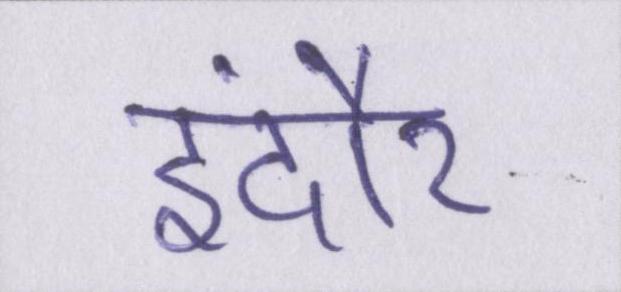
इंदौर